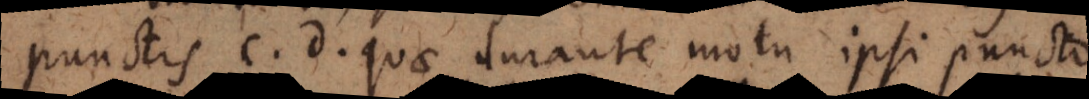
punctis c, d, quae durante motu ipsi puncto